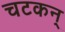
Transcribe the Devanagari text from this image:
चटकन्